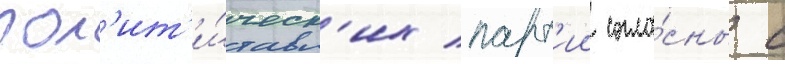
пол'ит'и́ческ'их парт'ии согла́сны с